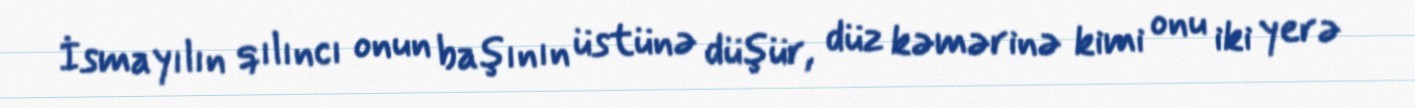
İsmayılın qılıncı onun başının üstünə düşür, düz kəmərinə kimi onu iki yerə